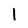
Character: I